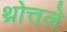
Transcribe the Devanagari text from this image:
थ्रोत्तले